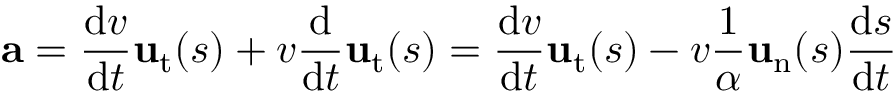
\mathbf { a } = { \frac { \mathrm { d } v } { \mathrm { d } t } } \mathbf { u } _ { \mathrm { t } } ( s ) + v { \frac { \mathrm { d } } { \mathrm { d } t } } \mathbf { u } _ { \mathrm { t } } ( s ) = { \frac { \mathrm { d } v } { \mathrm { d } t } } \mathbf { u } _ { \mathrm { t } } ( s ) - v { \frac { 1 } { \alpha } } \mathbf { u } _ { \mathrm { n } } ( s ) { \frac { \mathrm { d } s } { \mathrm { d } t } }